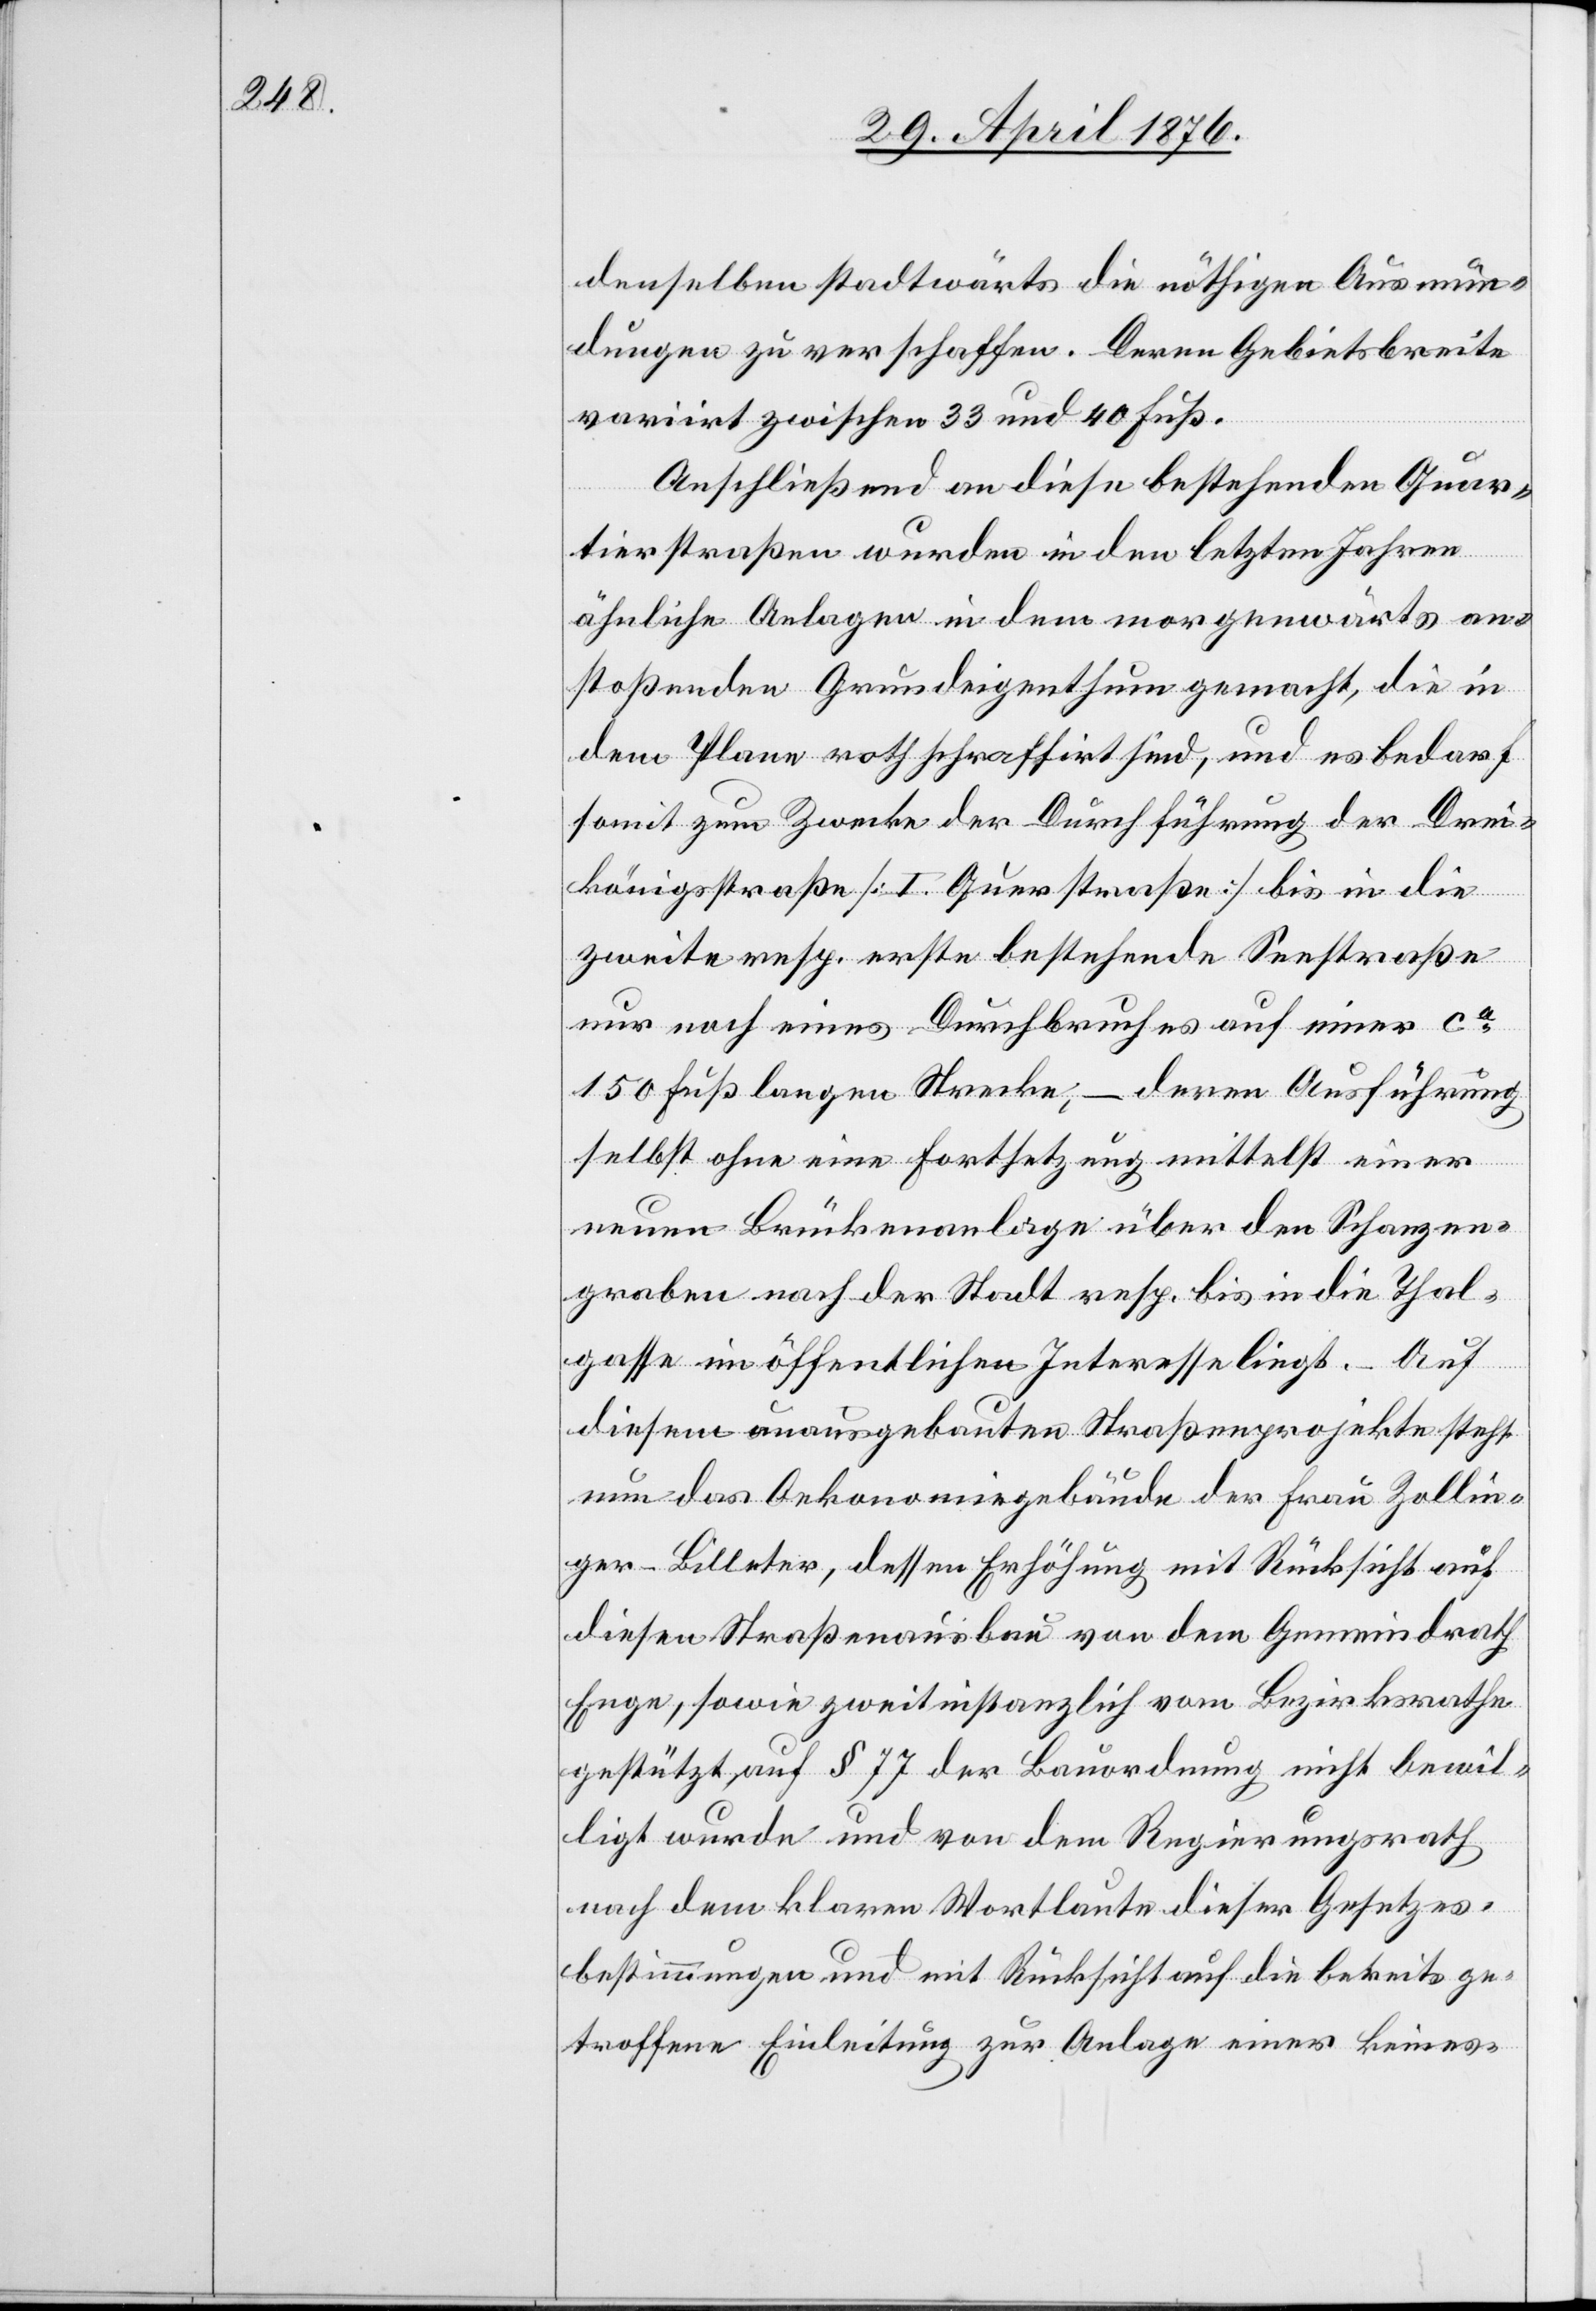
denselben stadtwärts die nöthigen Ausmün¬
dungen zu verschaffen. Deren Gebietsbreite
variirt zwischen 33 und 40 Fuß.
Anschließend an diese bestehenden Quar¬
tierstraßen wurden in den letzten Jahren
ähnliche Anlagen in dem morgenwärts an¬
stoßenden Grundeigenthum gemacht, die in
dem Plane roth schraffirt sind, und es bedarf
somit zum Zwecke der Durchführung der Drei¬
königsstraße [I. Querstraße] bis in die
zweite resp. erste bestehende Seestraße
nur noch eines Durchbruches auf einer ca
150 Fuß langen Strecke, – deren Ausführung
selbst ohne eine Fortsetzung mittelst einer
neuen Brückenanlage über den Schanzen¬
graben nach der Stadt resp. bis in die Thal¬
gasse im öffentlichen Interesse liegt. – Auf
diesem ausgebauten Straßenprojekte steht
nun das Oekonomiegebäude der Frau Zollin¬
ger-Billeter, dessen Erhöhung mit Rücksicht auf
dessen Straßenausbau von dem Gemeindrath
Enge, sowie zweitinstanzlich vom Bezirksrathe
gestützt auf § 77 der Bauordnung nicht bewil¬
ligt werde und von dem Regierungsrath
nach dem klaren Wortlaute dieser Gesetzes¬
bestimmungen und mit Rücksicht auf die bereits ge¬
troffene Einleitung zur Anlage einer keines-